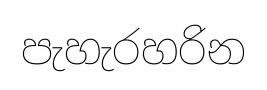
පැහැරහරින